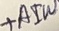
Text: +AIW